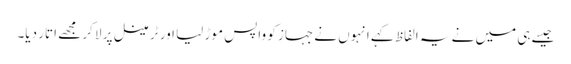
جیسے ہی میں نے یہ الفاظ کہے انہوں نے جہاز کو واپس موڑ لیا اور ٹرمینل پر لا کر مجھے اتار دیا۔